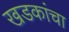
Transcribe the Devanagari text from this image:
खडकांचा